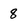
Character: 8